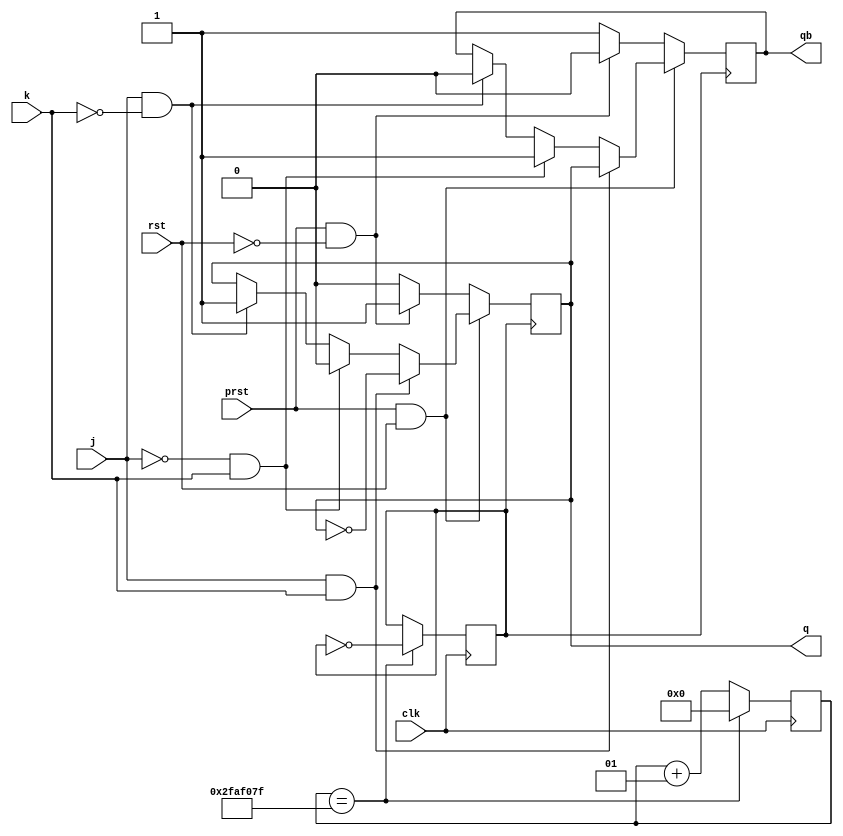
`timescale 1ns / 1ps
// JK Flip Flop implementation using behavioral modelling
module jk_ff(input j, input k, input prst, input rst, input clk, output reg q, output reg qb);
    integer count=0;
    reg clock=0;
    always @(posedge clk) begin
        count <= count + 1;
        if (count==49999999) begin
            clock <= ~clock;
            count <= 0;
        end
    end            
    always @(negedge clock) begin
        if (prst&rst) begin
            if (j&k)
                {q,qb} <= {~q,q};
            else if ((~j)&k)
                {q,qb} <= {1'b0,1'b1};
            else if (j&(~k))
                {q,qb} <= {1'b1,1'b0};
        end
        else if (prst&(~rst))
            {q,qb} <= {1'b1,1'b0};
        else 
            {q,qb} <= {1'b0,1'b1};
    end              
endmodule